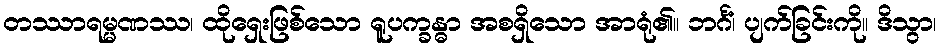
တဿာရမ္မဏဿ၊ ထိုရှေးဖြစ်သော ရူပက္ခန္ဓာ အစရှိသော အာရုံ၏။ ဘင်္ဂံ၊ ပျက်ခြင်းကို။ ဒိသွာ၊